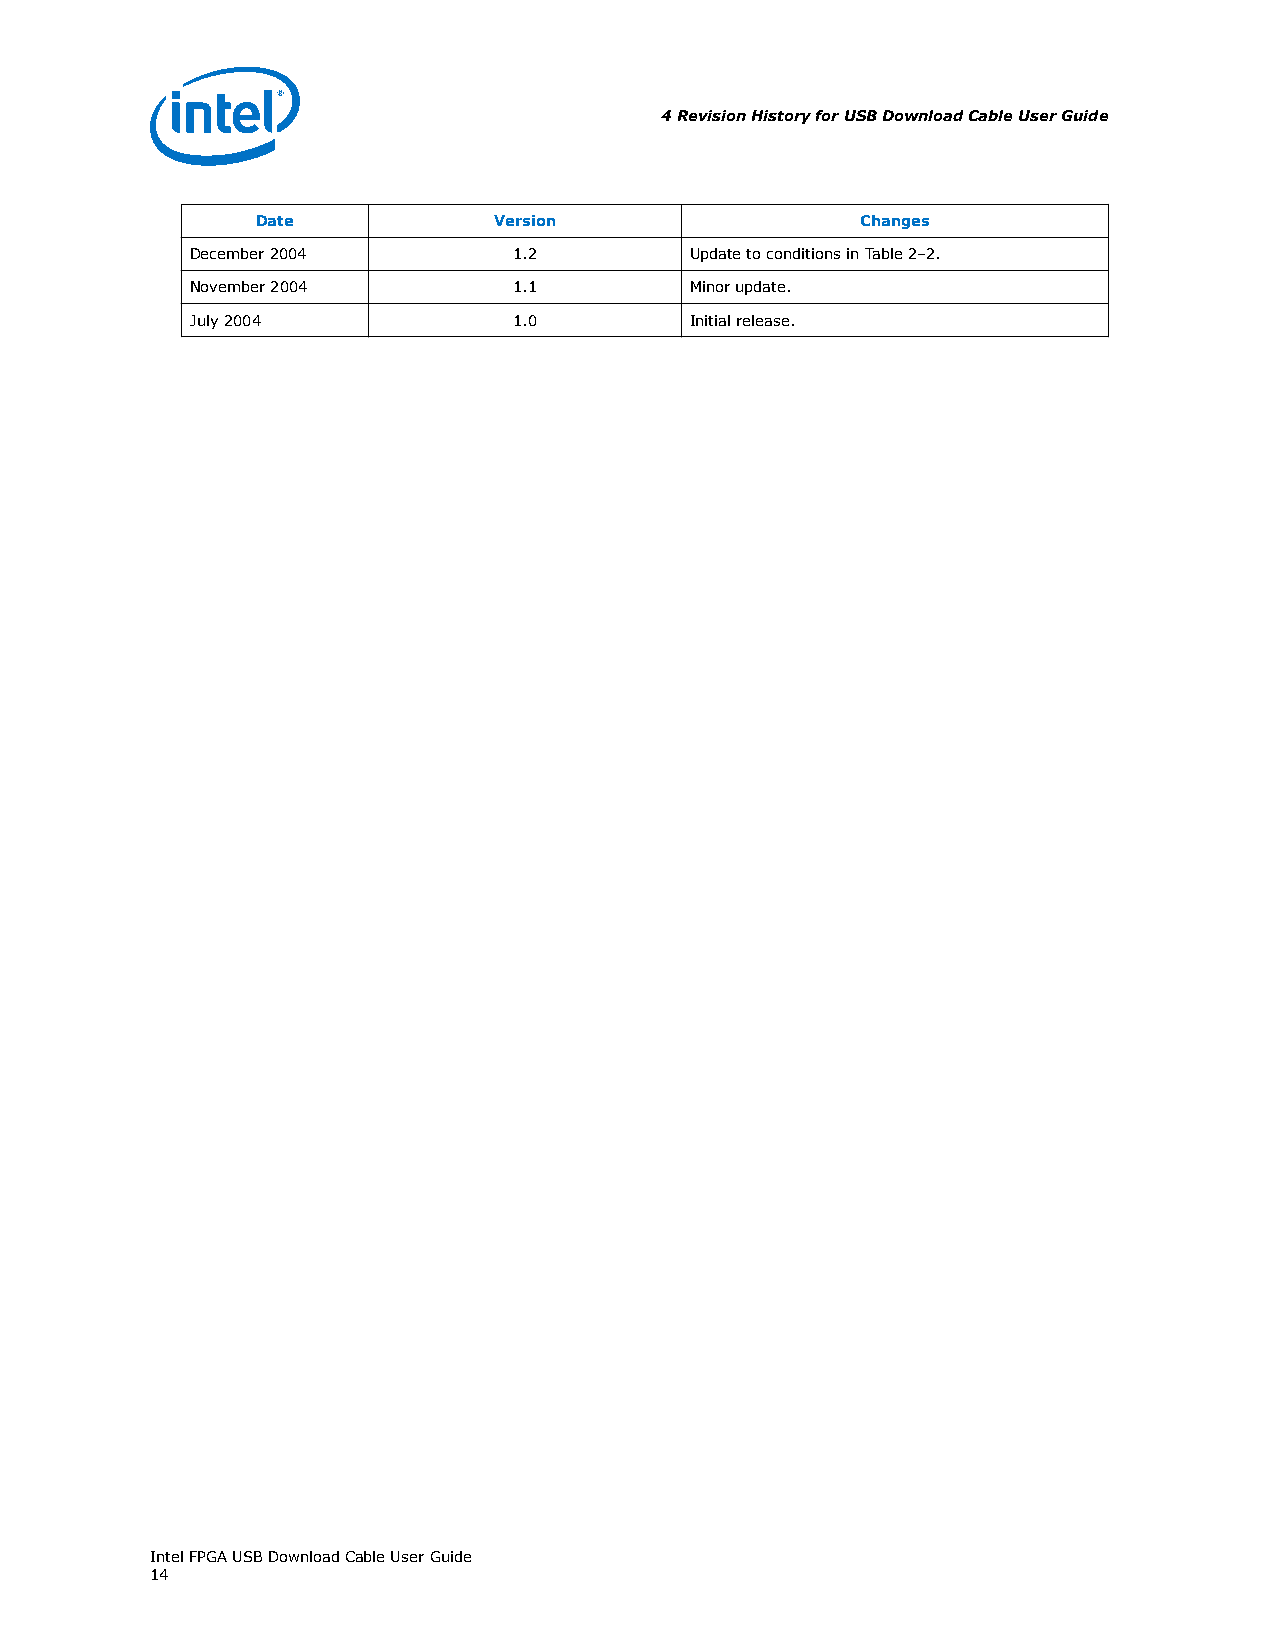
4 Revision History for USB Download Cable User Guide
 Date            Version                 Changes
 December 2004        1.2         Update to conditions in Table 2–2.
 November 2004        1.1         Minor update.
 July 2004            1.0         Initial release.
 Intel FPGA USB Download Cable User Guide
 14